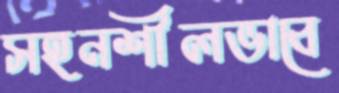
সহনশীলভাবে